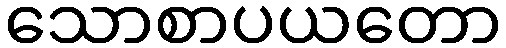
သောစာပယတော